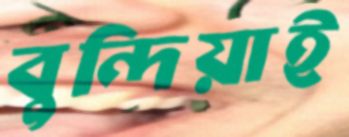
বুন্দিয়াই